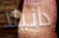
دانيلا